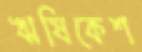
ঋষিকেশ